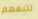
تتبعهم